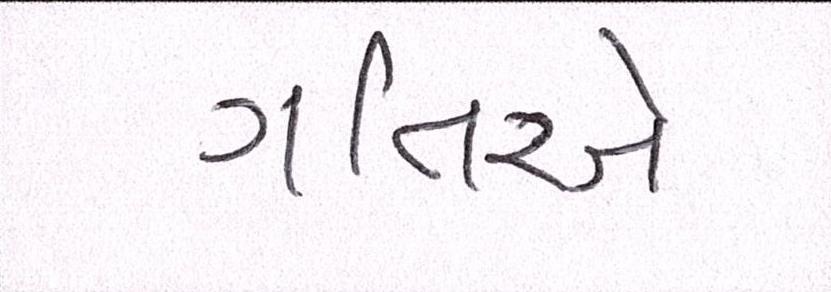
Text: ગતિએ